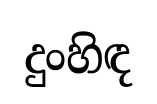
දුංහිඳ